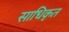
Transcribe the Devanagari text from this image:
साधिकृत